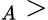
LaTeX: _A>